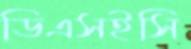
ডিএসইসি